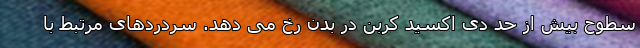
سطوح بیش از حد دی اکسید کربن در بدن رخ می دهد. سردردهای مرتبط با